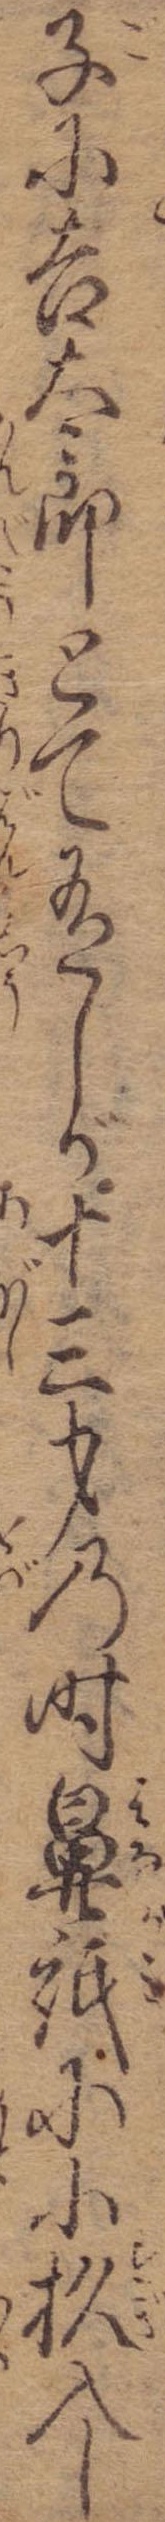
子に吉太郎とて有しが十三才の時鼻紙に小杉入し